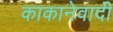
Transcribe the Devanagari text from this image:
काकानेवादी